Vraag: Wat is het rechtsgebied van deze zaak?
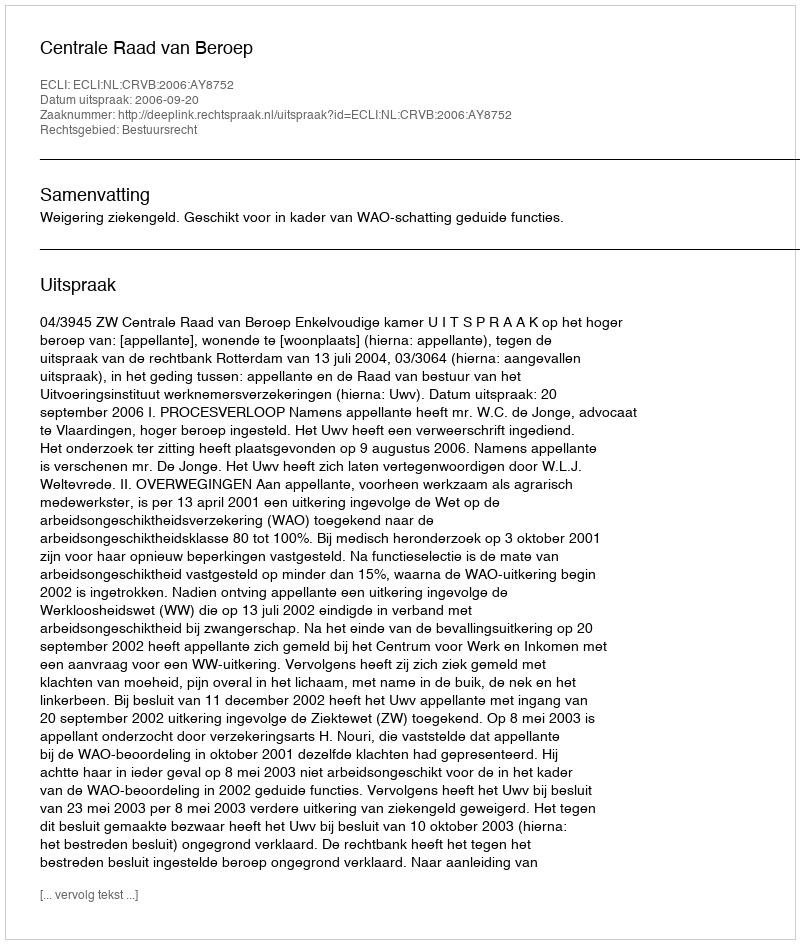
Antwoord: Bestuursrecht